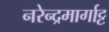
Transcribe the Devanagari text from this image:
नरेन्द्रमार्गाट्ट